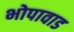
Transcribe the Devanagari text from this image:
भोपावाड